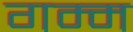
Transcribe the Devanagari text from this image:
गम्म